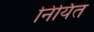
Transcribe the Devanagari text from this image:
निर्यित